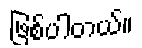
ဖြစ်ပါတယ်။